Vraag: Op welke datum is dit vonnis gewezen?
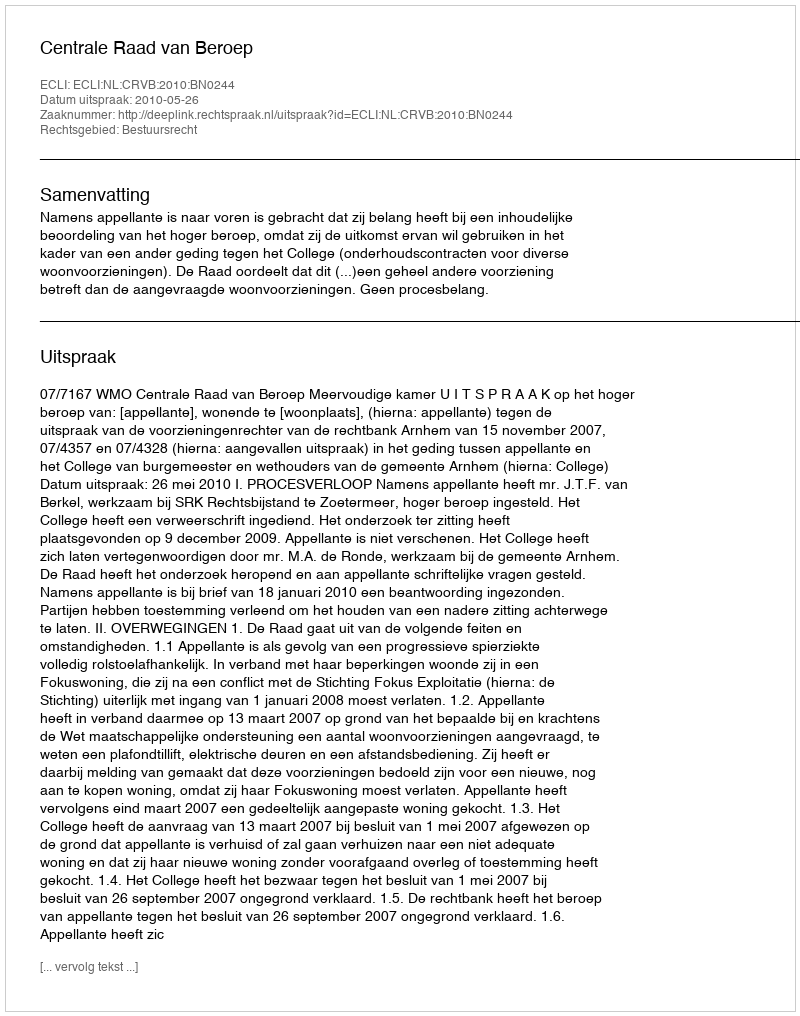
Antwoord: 2010-05-26